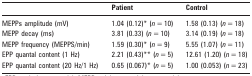
<table><thead><tr><td></td><td><b>Patient</b></td><td><b>Control</b></td></tr></thead><tbody><tr><td>MEPPs amplitude (mV)</td><td>1.04 (0.12)* (<i>n</i> = 10)</td><td>1.58 (0.13) (<i>n</i> = 18)</td></tr><tr><td>MEPP decay (ms)</td><td>3.81 (0.33) (<i>n</i> = 10)</td><td>3.14 (0.19) (<i>n</i> = 18)</td></tr><tr><td>MEPP frequency (MEPPS/min)</td><td>1.59 (0.30)* (<i>n</i> = 9)</td><td>5.55 (1.07) (<i>n</i> = 11)</td></tr><tr><td>EPP quantal content (1 Hz)</td><td>2.21 (0.43)** (<i>n</i> = 5)</td><td>12.61 (1.20) (<i>n</i> = 18)</td></tr><tr><td>EPP quantal content (20 Hz/1 Hz)</td><td>0.65 (0.067)* (<i>n</i> = 5)</td><td>1.00 (0.053) (<i>n</i> = 23)</td></tr></tbody></table>